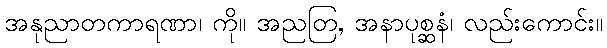
အနုညာတကာရဏာ၊ ကို။ အညတြ, အနာပုစ္ဆနံ၊ လည်းကောင်း။